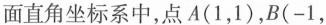
面直角坐标系中，点A(1，1)，B(-1，